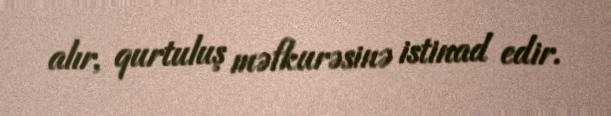
alır, qurtuluş məfkurəsinə istinad edir.